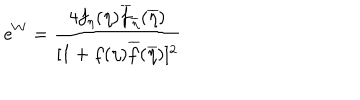
LaTeX: e ^ { W } = { \frac { 4 f _ { \eta } ( \eta ) \overline { { { f } } } _ { \overline { { { \eta } } } } ( \overline { { { \eta } } } ) } { [ 1 + f ( \eta ) \overline { { { f } } } ( \overline { { { \eta } } } ) ] ^ { 2 } } }